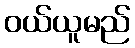
ဝယ်ယူမည်